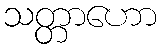
သတ္တာဟော